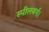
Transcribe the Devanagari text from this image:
स्पीलबर्ग।